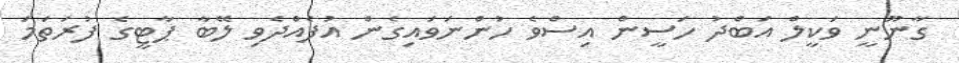
ގާނޫނީ ވަކީލް އަބްދު ހަސީން އިސްވެ ހުންނަވައިގެން އުފެއްދެވި ލޭބާ ޕާޓީގެ ފުރަތަމަ